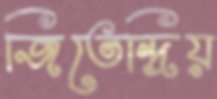
জিতেন্দ্রিয়